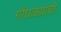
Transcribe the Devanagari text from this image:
गोंधळय़ांची